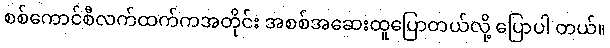
စစ်ကောင်စီလက်ထက်ကအတိုင်း အစစ်အဆေးထူပြောတယ်လို့ ပြောပါ တယ်။